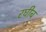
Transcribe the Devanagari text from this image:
रघीब